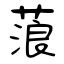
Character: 蒗